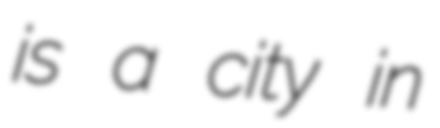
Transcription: is a city in